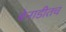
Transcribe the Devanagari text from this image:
बेनाडीतच